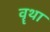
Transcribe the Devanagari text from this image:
वॄथा